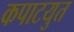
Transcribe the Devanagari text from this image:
कपाटयुत